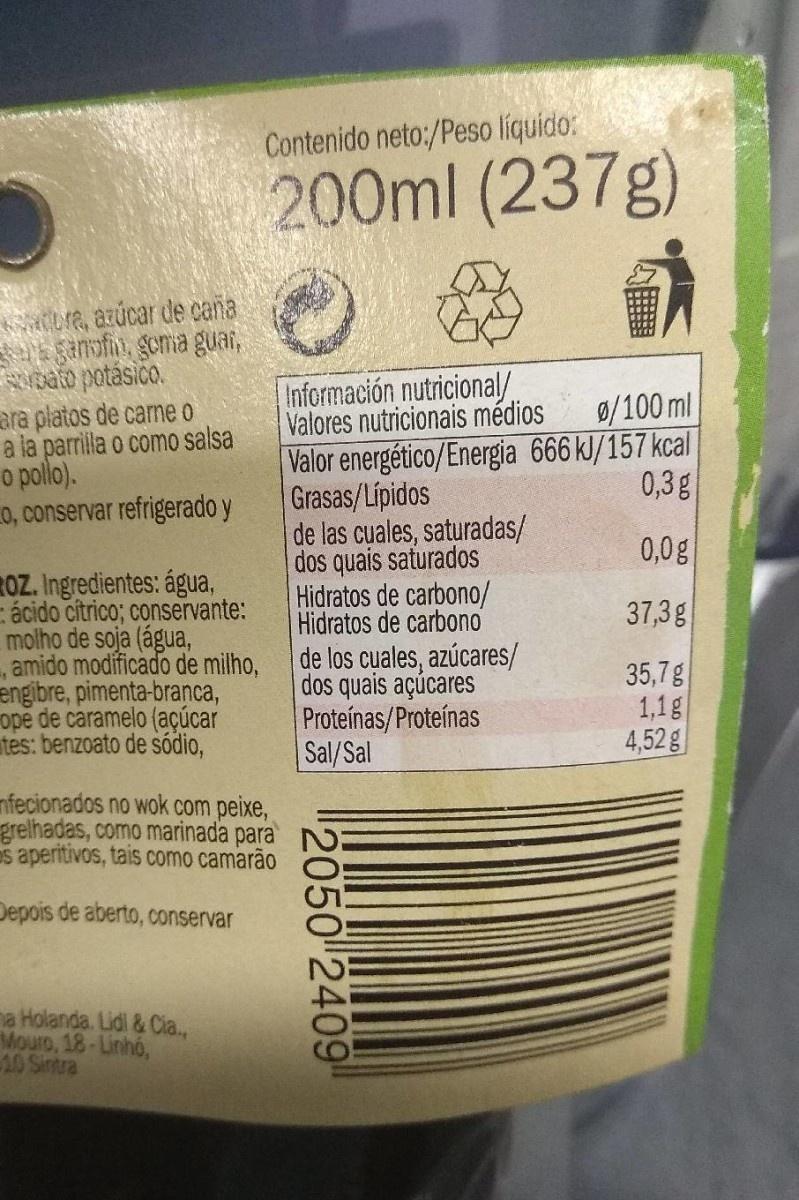
Contenido neto:/Peso líquido: 200ml (237g) bre, azúcar de caña Sanofin, goma guai, oato potásico. ara platos de carne o a la parrilla o como salsa o pollo). 0, conservar refrigerado y Información nutricional/ Valores nutricionais médios Valor energético/Energia 666 kJ/157 kcal Grasas/Lipidos de las cuales, saturadas/ dos quais saturados Hidratos de carbono/ Hidratos de carbono 9/100 ml 0,3 g 0,0g ROZ. Ingredientes: água, cácido citrico; conservante: molho de soja (água, amido modificado de milho, engibre, pimenta-branca, ope de caramelo (açúcar tes: benzoato de sódio, 37,3g de los cuales, azúcares/ dos quais açúcares Proteínas/Proteínas Sal/Sal 35,7g 1,1g 4,52g nfecionados no wok com peixe, grelhadas, como marinada para s aperitivos, tais como camarão Depois de aberto, conservar na Holanda. Lidl & Cia., Mouro, 18-Linhó, 10 Sintra 2050 2409